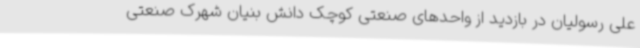
علی رسولیان در بازدید از واحدهای صنعتی کوچک دانش بنیان شهرک صنعتی